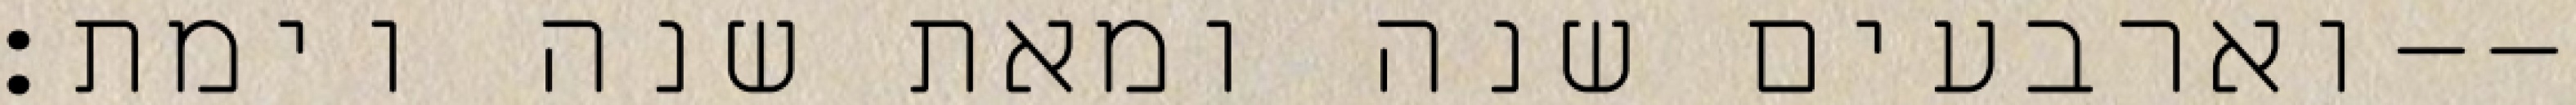
וארבעים שנה ומאת שנה וימת׃--